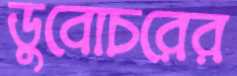
ডুবোচরের